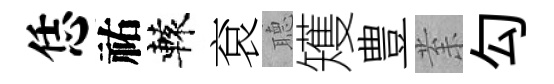
恁祐轅袞𦗟矱豊𭪙勾